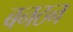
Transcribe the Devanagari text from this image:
बनठन